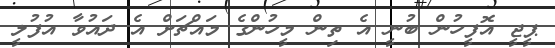
ޕީޖީ އޮފީހުން ބުނީ އެ ތިން މީހުންގެ މައްޗަށް އެ ދައުވާ އުފުލީ